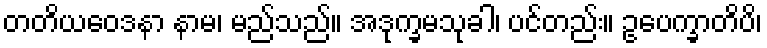
တတိယဝေဒနာ နာမ၊ မည်သည်။ အဒုက္ခမသုခါ၊ ပင်တည်း။ ဥပေက္ခာတိပိ၊